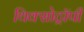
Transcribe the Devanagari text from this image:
थिक्सोट्रॉपी